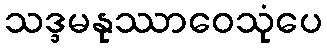
သဒ္ဒမနုဿာဝေသုံပေ